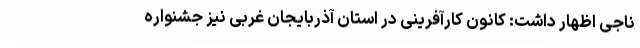
ناجی اظهار داشت: کانون کارآفرینی در استان آذربایجان غربی نیز جشنواره